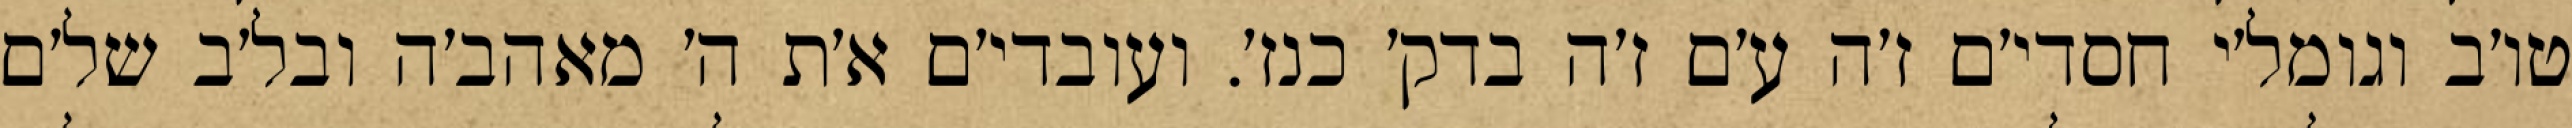
טו׳ב וגומל׳י חסדי׳ם ז׳ה ע׳ם ז׳ה בדק׳ כנז׳. ועובדי׳ם א׳ת ה׳ מאהב׳ה ובל׳ב של׳ם